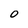
Character: 0